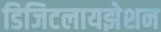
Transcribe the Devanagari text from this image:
डिजिटलायझेशन